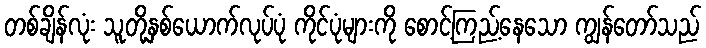
တစ်ချိန်လုံး သူတို့နှစ်ယောက်လုပ်ပုံ ကိုင်ပုံများကို စောင့်ကြည့်နေသော ကျွန်တော်သည်